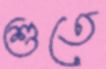
শুতে